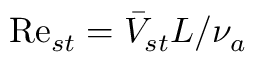
\mathrm { R e } _ { s t } = \bar { V } _ { s t } L / \nu _ { a }